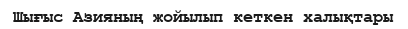
Шығыс Азияның жойылып кеткен халықтары